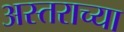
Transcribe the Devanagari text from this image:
अस्तराच्या